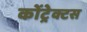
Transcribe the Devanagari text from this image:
कोंट्रेक्टस